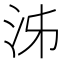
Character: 泲